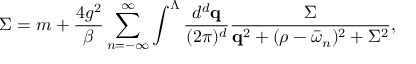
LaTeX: \Sigma = m + \frac { 4 g ^ { 2 } } { \beta } \sum _ { n = - \infty } ^ { \infty } \int ^ { \Lambda } \frac { d ^ { d } { \bf q } } { ( 2 \pi ) ^ { d } } \frac { \Sigma } { { \bf q } ^ { 2 } + ( \rho - \bar { \omega } _ { n } ) ^ { 2 } + \Sigma ^ { 2 } } ,